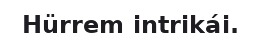
Hürrem intrikái.